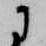
に